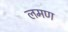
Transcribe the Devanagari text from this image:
लमण